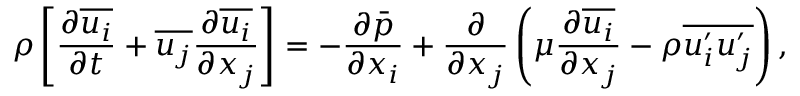
\rho \left[ { \frac { \partial { \overline { { u _ { i } } } } } { \partial t } } + { \overline { { u _ { j } } } } { \frac { \partial { \overline { { u _ { i } } } } } { \partial x _ { j } } } \right] = - { \frac { \partial { \bar { p } } } { \partial x _ { i } } } + { \frac { \partial } { \partial x _ { j } } } \left( \mu { \frac { \partial { \overline { { u _ { i } } } } } { \partial x _ { j } } } - \rho { \overline { { u _ { i } ^ { \prime } u _ { j } ^ { \prime } } } } \right) ,